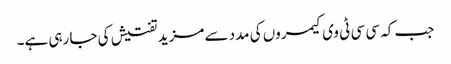
جب کہ سی سی ٹی وی کیمروں کی مدد سے مزید تفتیش کی جا رہی ہے۔